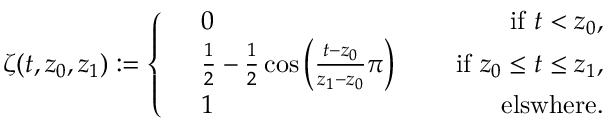
\zeta ( t , z _ { 0 } , z _ { 1 } ) : = \left\{ \begin{array} { r l r } & { 0 } & { \quad \mathrm { ~ i f ~ } t < z _ { 0 } , } \\ & { \frac { 1 } { 2 } - \frac { 1 } { 2 } \cos \left( \frac { t - z _ { 0 } } { z _ { 1 } - z _ { 0 } } \pi \right) } & { \quad \mathrm { ~ i f ~ } z _ { 0 } \leq t \leq z _ { 1 } , } \\ & { 1 } & { \quad \mathrm { ~ e l s w h e r e } . } \end{array} \right.